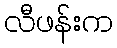
လီဖန်းက